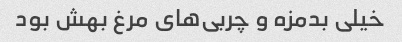
خیلی بدمزه و چربی‌های مرغ بهش بود